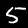
Digit: 5